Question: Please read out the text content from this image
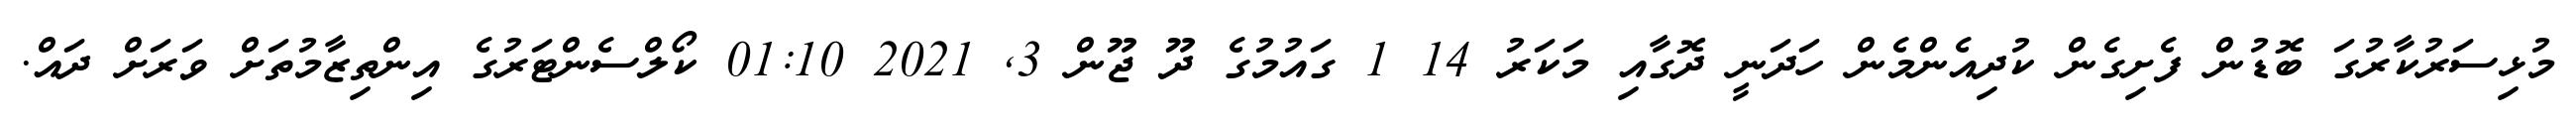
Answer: މުޅިސަރުކާރުގަ ބޮޑުން ފެށިގެން ކުދިއެންމެން ހަދަނީ ދޮގާއި މަކަރު 14 1 ގައުމުގެ ދޫ ޖޫން 3, 2021 01:10 ކޯލްސެންޓަރުގެ އިންތިޒާމުތަށް ވަރަށް ދައް.